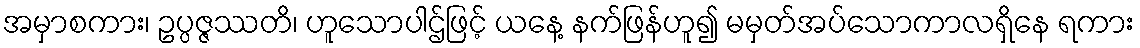
အမှာစကား၊ ဥပ္ပဇ္ဇဿတိ၊ ဟူသောပါဌ်ဖြင့် ယနေ့ နက်ဖြန်ဟူ၍ မမှတ်အပ်သောကာလရှိနေ ရကား